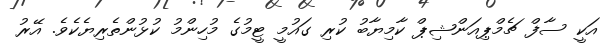
އަކީ ސާފް ޗެމްޕިއަންޝިޕް ކާމިޔާބު ކުރި ގައުމީ ޓީމުގެ މުހިންމު ކުޅުންތެރިޔެކެވެ. އޭރު